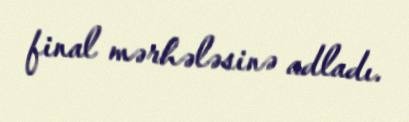
final mərhələsinə adladı.